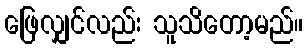
ဖြေလျှင်လည်း သူသိတော့မည်။